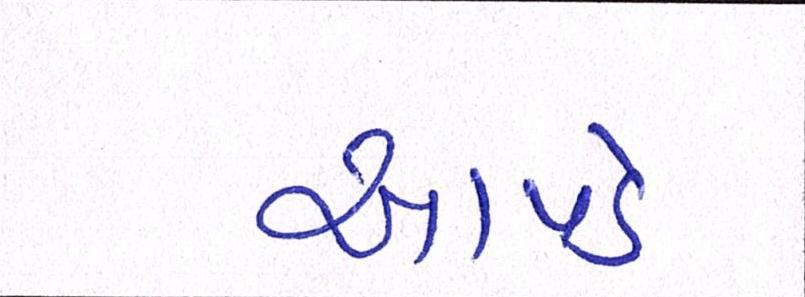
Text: આપડે